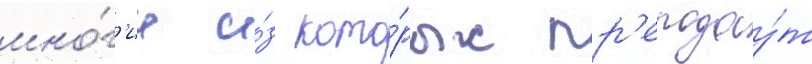
мно́г'ие и́з кото́рых пр'еподау́т